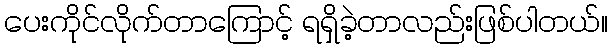
ပေးကိုင်လိုက်တာကြောင့် ရရှိခဲ့တာလည်းဖြစ်ပါတယ်။